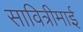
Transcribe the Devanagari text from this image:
सावित्रीमाई